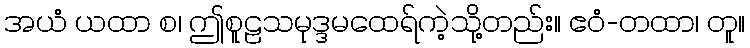
အယံ ယထာ စ၊ ဤစူဠသမုဒ္ဒမထေရ်ကဲ့သို့တည်း။ ဧဝံ-တထာ၊ တူ။